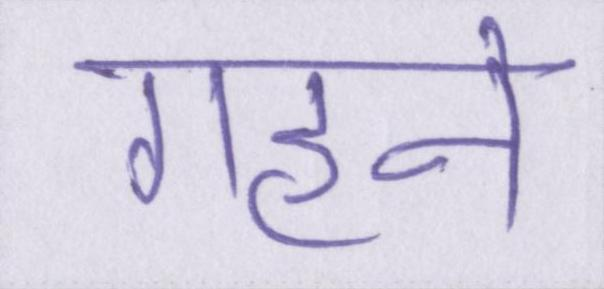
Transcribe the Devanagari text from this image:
गहने